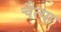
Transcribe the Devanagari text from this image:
चैत्या